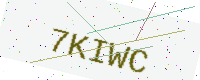
Text: 7KIWC